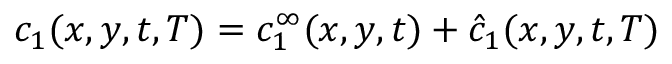
c _ { 1 } ( x , y , t , T ) = c _ { 1 } ^ { \infty } ( x , y , t ) + \hat { c } _ { 1 } ( x , y , t , T )